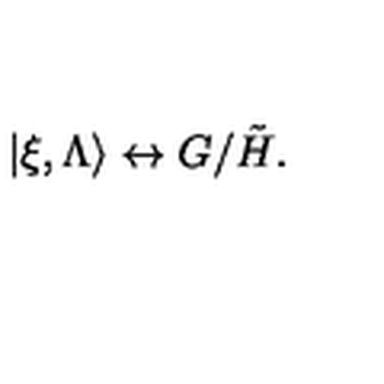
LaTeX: | \xi , \Lambda \rangle \leftrightarrow G / \tilde { H } .